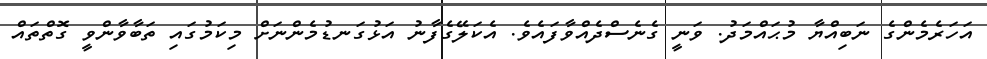
އަހަރެމެންގެ ނަބިއްޔާ މުޙައްމަދު. ވަނީ ގެނެސްދެއްވާފައެވެ. އެކަލޭގެފާނު އަޅުގަނޑުމެންނަށް މިކަމުގައި ތަބާވާންވީ ގޮތްތައް